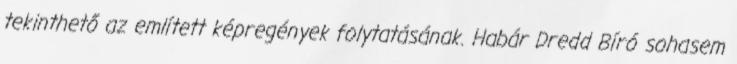
tekinthető az említett képregények folytatásának. Habár Dredd Bíró sohasem